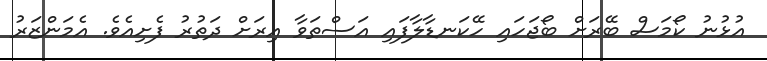
އުޅުނު ކޯމަސް ބޭރަށް ބޯޖަހައި ހޭކަނޑާލާފައި އަސްތަވާ އިރަށް ދަތުރު ފެށިއެވެ. އެމަންޒަރު